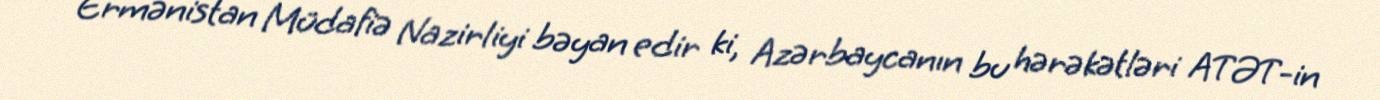
Ermənistan Müdafiə Nazirliyi bəyan edir ki, Azərbaycanın bu hərəkətləri ATƏT-in